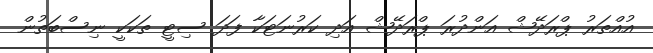
އުއްތަރު ޕްރަދޭޝް އަންދުރަ ޕްރަދޭޝް އަދި ކަރުނަޓަކާ ފަދަ ސިޓީ ތަކަކީ ނިސްބަތުން